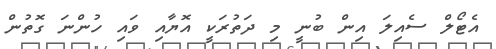
އެޓޯލް ސެއިލަ އިން ބުނީ މި ދަތުރަކީ އޮޔާއި ވައި ހުންނަ ގޮތުން